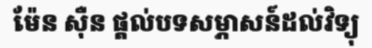
ម៉ែន ស៊ឺន ផ្តល់បទសម្ភាសន៍ដល់វិទ្យុ